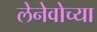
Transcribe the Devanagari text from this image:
लेनेवोच्या